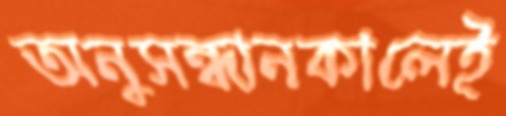
অনুসন্ধানকালেই